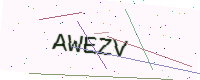
Text: AWEZV